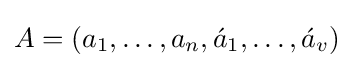
A=(a_{1},\ldots ,a_{n},{\acute {a}}_{1},\ldots ,{\acute {a}}_{v})